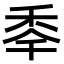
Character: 䄹